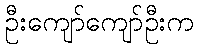
ဦးကျော်ကျော်ဦးက